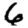
Digit: 6